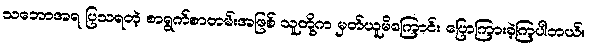
သဘောအရ ပြသရတဲ့ စာရွက်စာတမ်းအဖြစ် သူတို့က မှတ်ယူမိကြောင်း ပြောကြားခဲ့ကြပါတယ်။